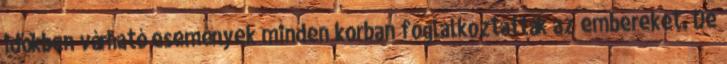
időkben várható események minden korban foglalkoztatták az embereket. De